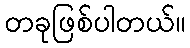
တခုဖြစ်ပါတယ်။